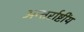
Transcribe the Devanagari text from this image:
अन्तर्राष्टींय